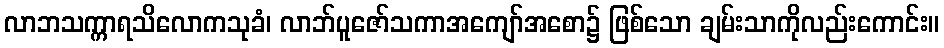
လာဘသက္ကာရသိလောကသုခံ၊ လာဘ်ပူဇော်သကာအကျော်အစော၌ ဖြစ်သော ချမ်းသာကိုလည်းကောင်း။